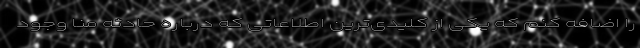
را اضافه کنم که یکی از کلیدی‌ترین اطلاعاتی که درباره حادثه منا وجود